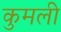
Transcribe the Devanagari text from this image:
कुमली